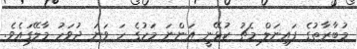
މުބާރާތުގެ ފައިނަލް މެޗު ކުޅޭނީ އަންނަ މަހުގެ ހަ ވަނަ ދުވަހު މާލޭގައެވެ.